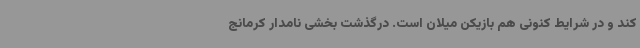
کند و در شرایط کنونی هم بازیکن میلان است. درگذشت بخشی‌ نامدار کرمانج